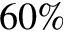
6 0 \%